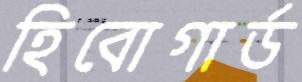
হিবোগার্ড